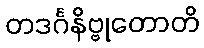
တဒင်္ဂနိဗ္ဗုတောတိ